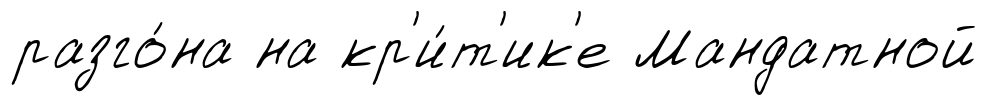
разго́на на кр'и́т'ик'е Мандатной